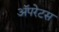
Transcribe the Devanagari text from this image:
अॅपरेटस